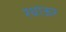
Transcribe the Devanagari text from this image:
रधाऊर